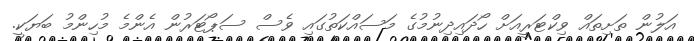
އަލުން ތަށިތައް ވިކްޓަރީއަށް ހޯދައިދިނުމުގެ މަސައްކަތުގައި ވެސް ސަޕޯޓަރުން އެންމެ މުހިންމު ބަޔަކީ.